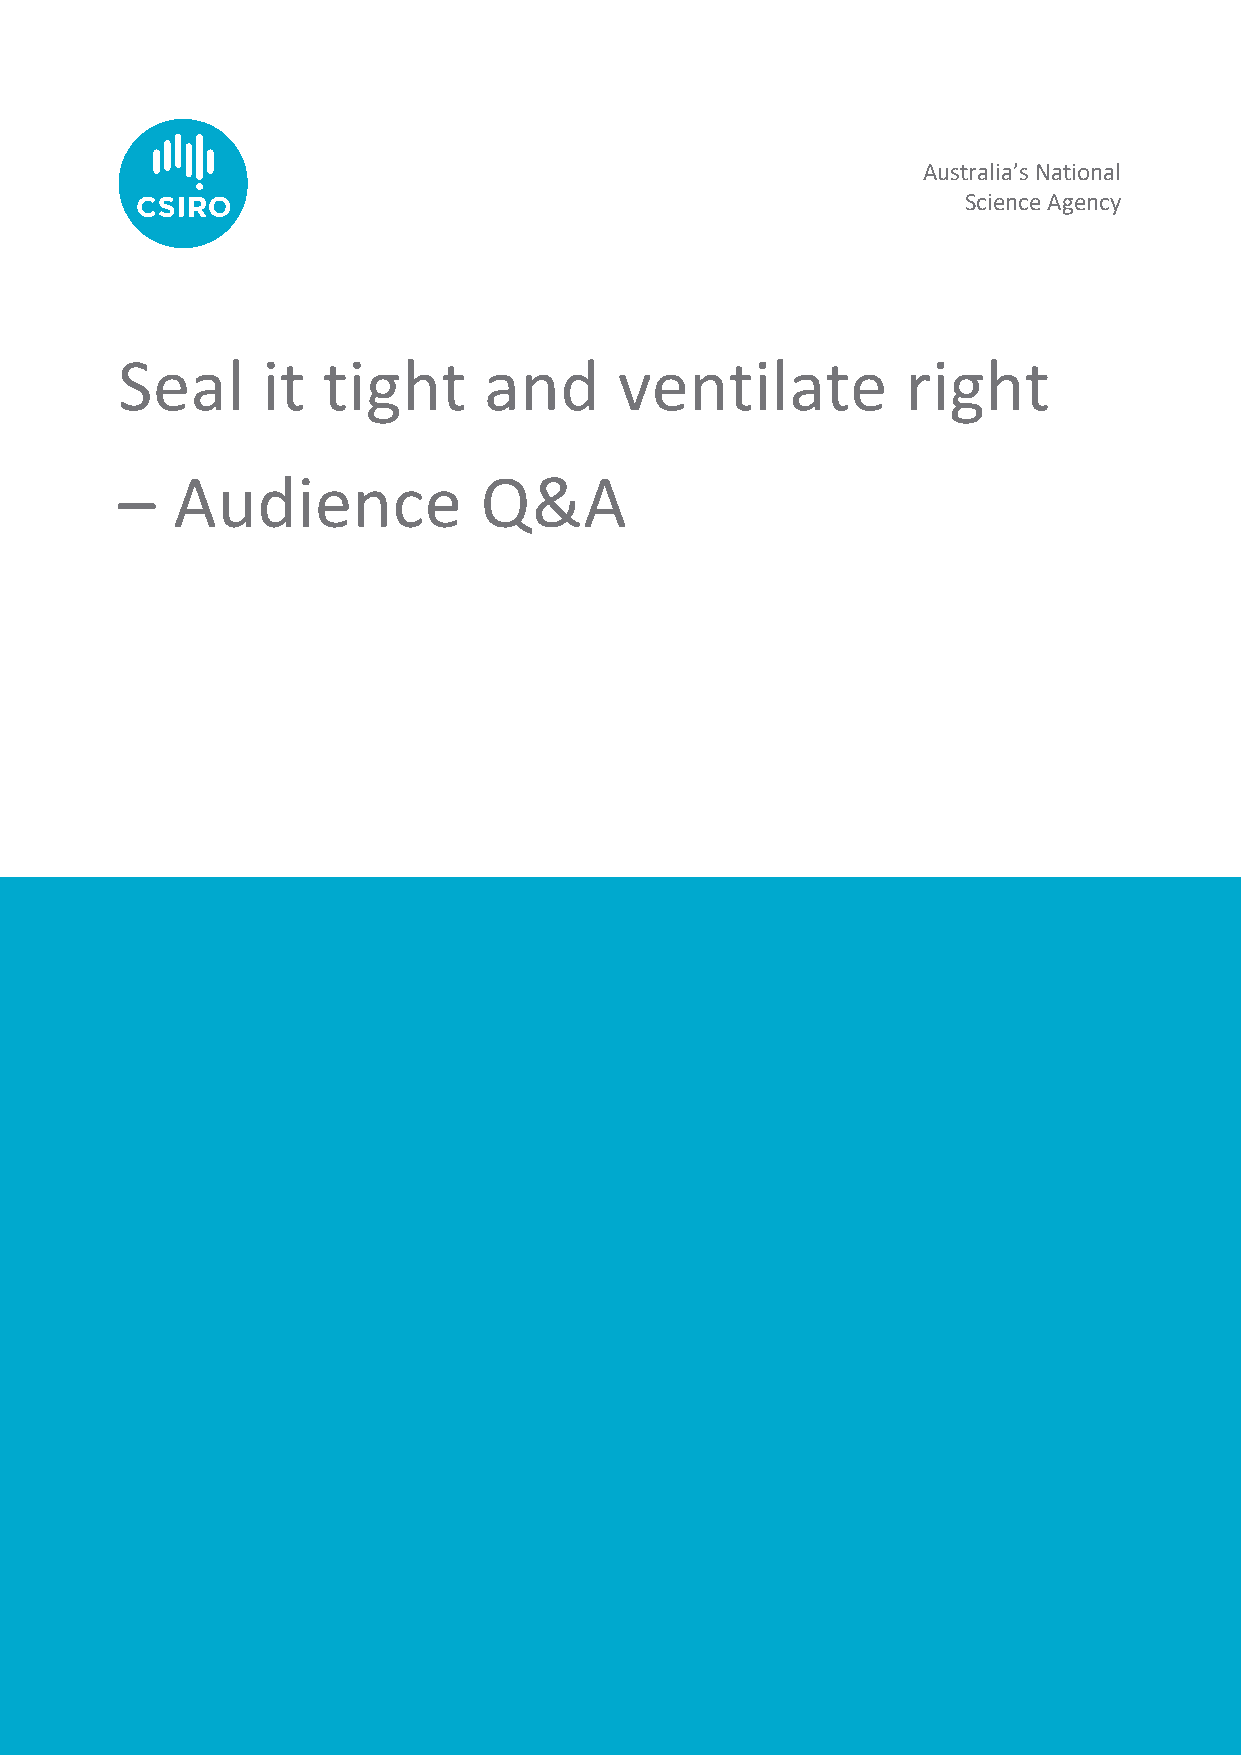
Australia’s National
 Science Agency
 Seal     it  tight      and      ventilate          right
 –  Audience             Q&A